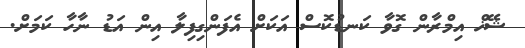
ޝޭޚް އިމްރާން ގޮވާ ކަނޑުކޮސް އަކަށް އެފަންގިފިލާ އިން އަޑު ނާހާ ކަމަށް.